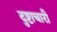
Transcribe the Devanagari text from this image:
दुष्टाचारी